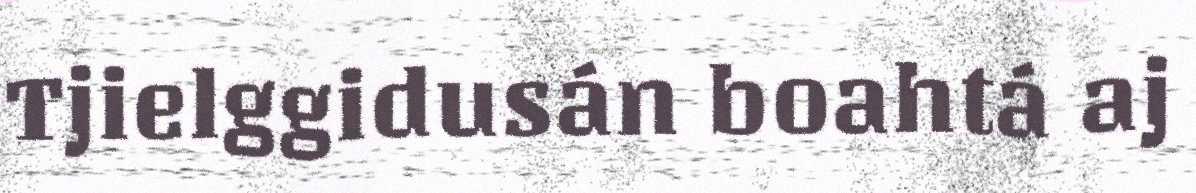
Tjielggidusán boahtá aj